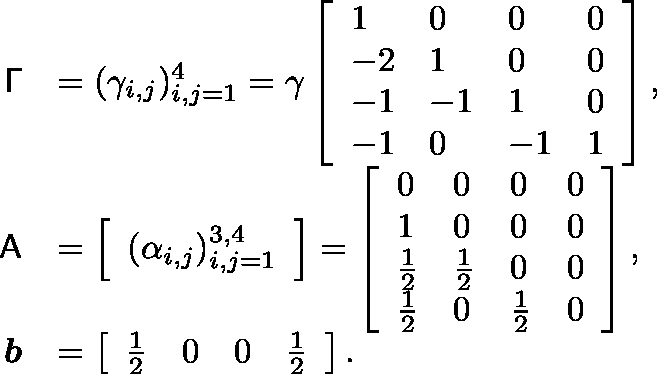
\begin{array} { r l } { \mathsf { \Gamma } } & { = ( \gamma _ { i , j } ) _ { i , j = 1 } ^ { 4 } = \gamma \left[ \begin{array} { l l l l } { 1 } & { 0 } & { 0 } & { 0 } \\ { - 2 } & { 1 } & { 0 } & { 0 } \\ { - 1 } & { - 1 } & { 1 } & { 0 } \\ { - 1 } & { 0 } & { - 1 } & { 1 } \end{array} \right] , } \\ { \mathsf { A } } & { = \left[ \begin{array} { l } { ( \alpha _ { i , j } ) _ { i , j = 1 } ^ { 3 , 4 } } \end{array} \right] = \left[ \begin{array} { l l l l } { 0 } & { 0 } & { 0 } & { 0 } \\ { 1 } & { 0 } & { 0 } & { 0 } \\ { \frac { 1 } { 2 } } & { \frac { 1 } { 2 } } & { 0 } & { 0 } \\ { \frac { 1 } { 2 } } & { 0 } & { \frac { 1 } { 2 } } & { 0 } \end{array} \right] , } \\ { \boldsymbol { b } } & { = \left[ \begin{array} { l l l l } { \frac { 1 } { 2 } } & { 0 } & { 0 } & { \frac { 1 } { 2 } } \end{array} \right] . } \end{array}